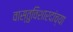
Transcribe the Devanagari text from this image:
वास्तुविशारदांच्या